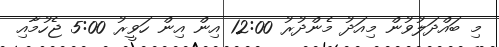
މި ބައްދަލުވުން މިއަދު މެންދުރު 12:00 އިން އިން ހަވީރު 5:00 ޖެހުމާއި